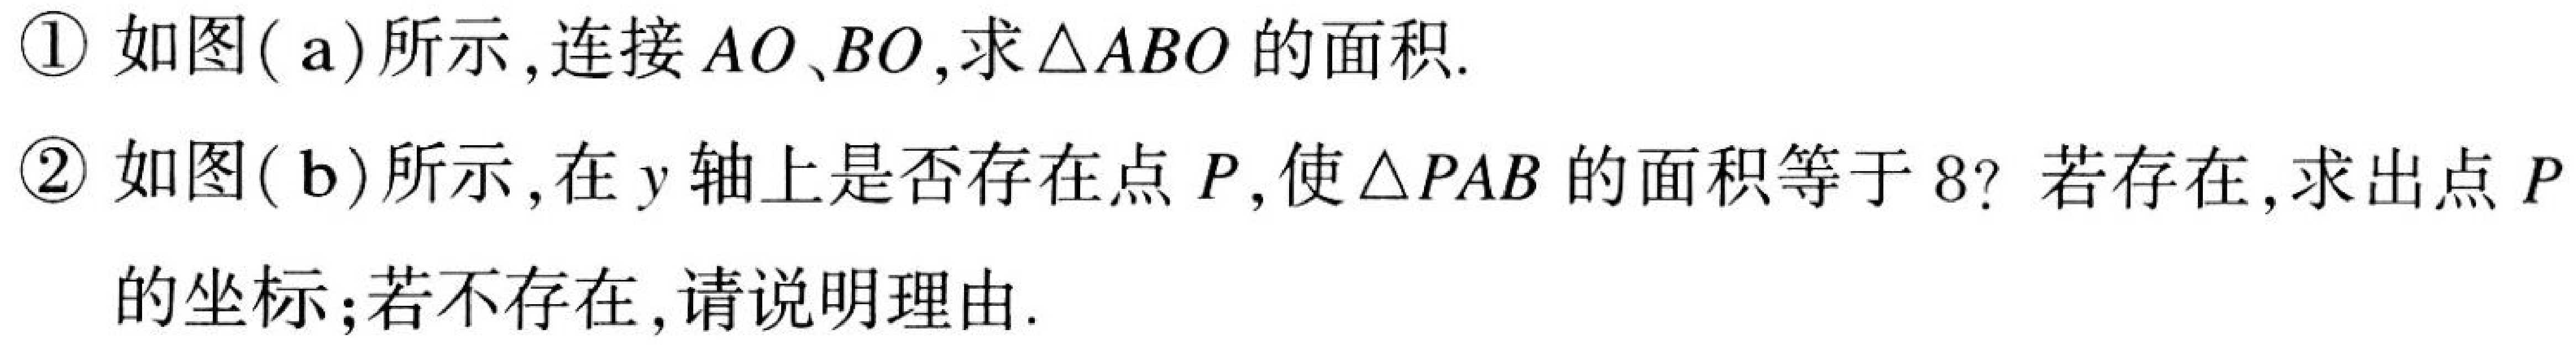
\textcircled{1} 如图( a)所示,连接\(AO、BO\),求\(\triangle ABO\)的面积.
\textcircled{2} 如图( b)所示,在\(y\)轴上是否存在点\(P\),使\(\triangle PAB\)的面积等于\(8\)? 若存在,求出点\(P\)的坐标;若不存在,请说明理由.